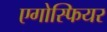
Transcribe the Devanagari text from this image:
एगोस्फियर